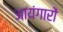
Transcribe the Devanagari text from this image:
आयंगारों